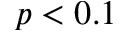
p < 0 . 1